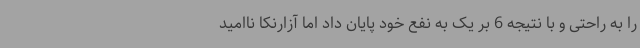
را به راحتی و با نتیجه 6 بر یک به نفع خود پایان داد اما آزارنکا ناامید